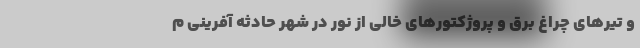
و تیرهای چراغ برق و پروژکتورهای خالی از نور در شهر حادثه آفرینی م